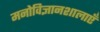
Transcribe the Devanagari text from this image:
मनोविज्ञानशालाएँ